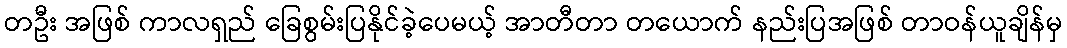
တဦး အဖြစ် ကာလရှည် ခြေစွမ်းပြနိုင်ခဲ့ပေမယ့် အာတီတာ တယောက် နည်းပြအဖြစ် တာဝန်ယူချိန်မှ